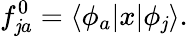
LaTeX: f_{\mathit{j}a}^{0}=\langle\phi_{a}|x|\phi_{\mathit{j}}\rangle.